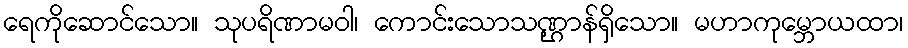
ရေကိုဆောင်သော။ သုပရိဏာမဝါ၊ ကောင်းသောသဏ္ဌာန်ရှိသော။ မဟာကုမ္ဘောယထာ၊